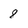
Character: 8